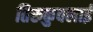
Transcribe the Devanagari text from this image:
तिरुकुवलाई